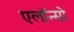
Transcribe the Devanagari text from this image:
एलॉन्सो